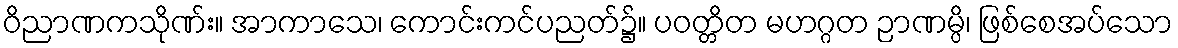
ဝိညာဏကသိုဏ်း။ အာကာသေ၊ ကောင်းကင်ပညတ်၌။ ပဝတ္တိတ မဟဂ္ဂတ ဉာဏမ္ပိ၊ ဖြစ်စေအပ်သော